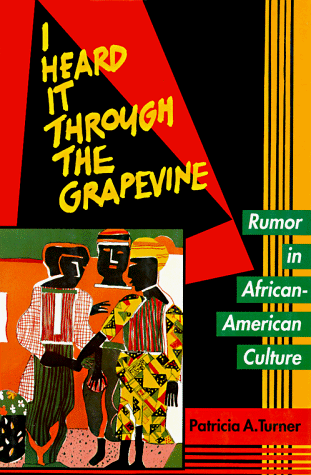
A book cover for I Heard It Through the Grapevine: Rumor in African-American Culture; Patricia A. Turner; Humor & Entertainment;